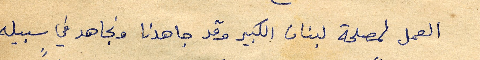
العمل لمصلحة لبنان الكبير وقد جاهدنا ونجاهد في سبيله